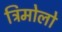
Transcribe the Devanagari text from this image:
ट्रिमोलो